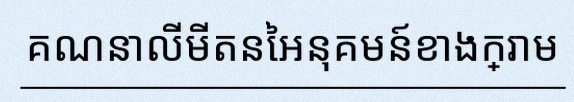
គណនាលីមីតនៃអនុគមន៍ខាងក្រោម